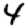
Digit: 4